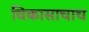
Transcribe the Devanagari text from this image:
विकासाचाच